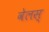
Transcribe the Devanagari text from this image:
वेलस्